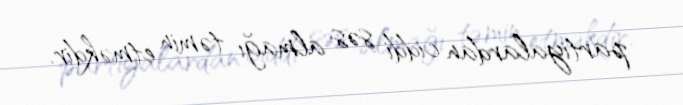
partiyalardan ciddi səs almağı təmin etməkdir.